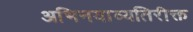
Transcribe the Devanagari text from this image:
अभिनयाव्यतिरीक्त